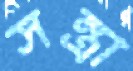
সন্ত্রা